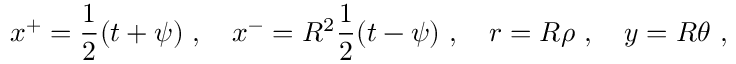
x ^ { + } = \frac 1 2 ( t + \psi ) ~ , \quad x ^ { - } = R ^ { 2 } \frac 1 2 ( t - \psi ) ~ , \quad r = R \rho ~ , \quad y = R \theta ~ ,